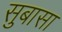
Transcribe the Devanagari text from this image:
सुबासा